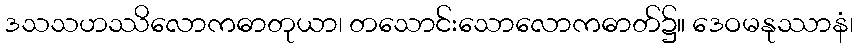
ဒသသဟဿိလောကဓာတုယာ၊ တသောင်းသောလောကဓာတ်၌။ ဒေဝမနုဿာနံ၊